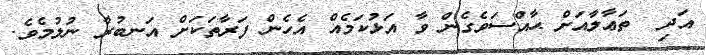
އަދި  ތަޢާލާއަށް ޙާއްސަވެގެން ވާ އަޅުކަމެއް އެހެން ފަރާތަކަށް އަނބުރާ ނުލުމެވެ.